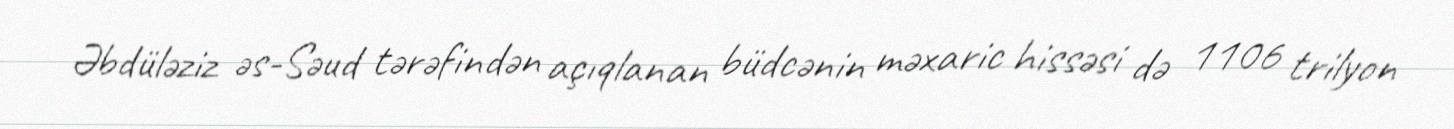
Əbdüləziz əs-Səud tərəfindən açıqlanan büdcənin məxaric hissəsi də 1106 trilyon